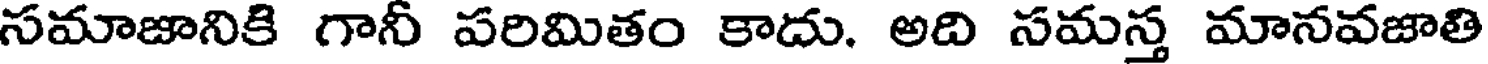
సమాజానికి గానీ పరిమితం కాదు. అది సమస్త మానవజాతి